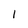
Character: 1